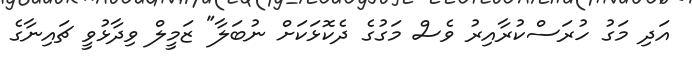
އަދި މަގު ހުރަސްކުރާއިރު ވެސް މަގުގެ ދެކޮޅަކަށް ނުބަލާ" ޒަމީލް ވިދާޅުވީ ޗައިނާގެ